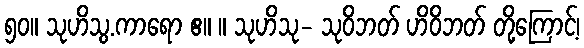
၅၀။ သုဟိသွ.ကာရော ဧ။ ။ သုဟိသု- သုဝိဘတ် ဟိဝိဘတ် တို့ကြောင့်၊